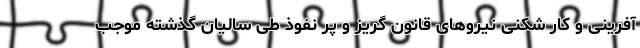
آفرینی و کار شکنی نیروهای قانون گریز و پر نفوذ طی سالیان گذشته موجب